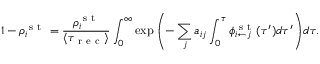
1 - \rho _ { i } ^ { \mathrm { ~ s ~ t ~ } } = \frac { \rho _ { i } ^ { \mathrm { ~ s ~ t ~ } } } { \langle \tau _ { \mathrm { ~ r ~ e ~ c ~ } } \rangle } \int _ { 0 } ^ { \infty } \exp { \left( - \sum _ { j } a _ { i j } \int _ { 0 } ^ { \tau } \phi _ { i \leftarrow j } ^ { \mathrm { ~ s ~ t ~ } } ( \tau ^ { \prime } ) d \tau ^ { \prime } \right) } d \tau .